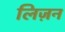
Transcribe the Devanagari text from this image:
लिज़न